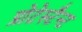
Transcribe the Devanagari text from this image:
प्रोटेस्टैन्ट